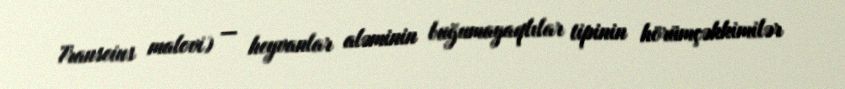
Transeius malovi) — heyvanlar aləminin buğumayaqlılar tipinin hörümçəkkimilər